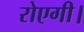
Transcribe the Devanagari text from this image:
रोएगी।